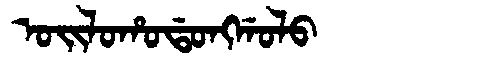
Manchu: ᠣᡳᠯᠣᡥᠣᡩᠣᠩᡤᠣᠯᠣ
Romanization: OILOHODONGGOLO